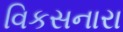
વિકસનારા